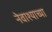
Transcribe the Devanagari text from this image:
नेवाश्याच्या